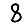
Digit: 8